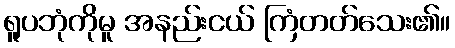
ရူပဘုံကိုမူ အနည်းငယ် ကြံတတ်သေး၏။